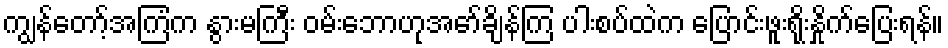
ကျွန်တော့်အကြံက နွားမကြီး ဝမ်းဘောဟုအော်ချိန်ကြ ပါးစပ်ထဲက ပြောင်းဖူးရိုးနှိုက်ပြေးရန်။